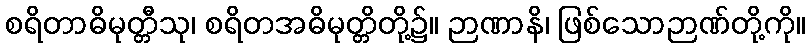
စရိတာဓိမုတ္တီသု၊ စရိတအဓိမုတ္တိတို့၌။ ဉာဏာနိ၊ ဖြစ်သောဉာဏ်တို့ကို။